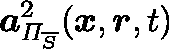
\boldsymbol { a } _ { \mathit { \Pi } _ { \overline { { S } } } } ^ { 2 } ( \boldsymbol { x } , \boldsymbol { r } , t )